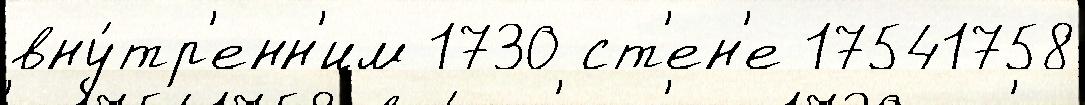
вну́тр'енн'им 1730 ст'ен'е 17541758